Medical and sanitary report of the native army of Bengal for the year
Year: 1876
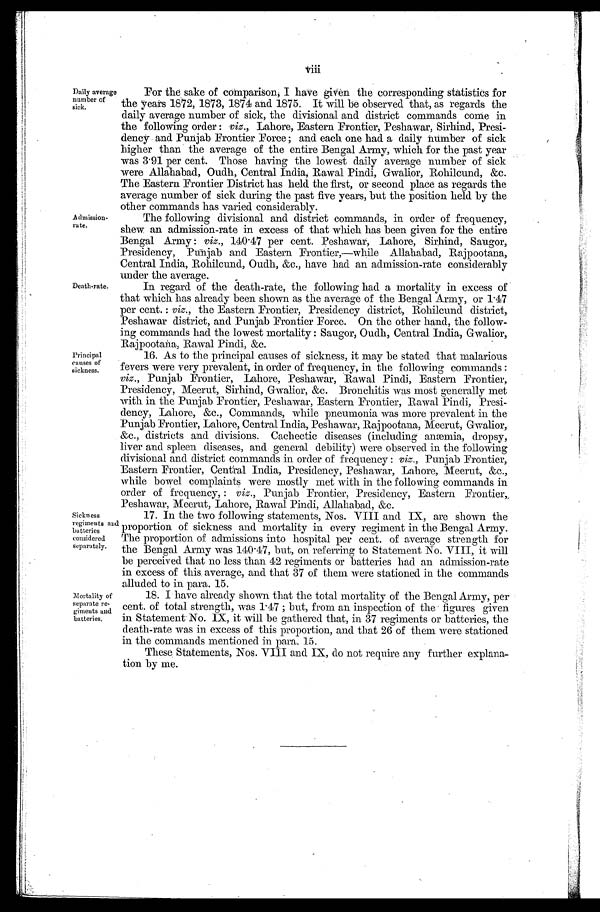
Daily averag
e n u m b e r o f
sick.
Admission-
rate.
Death-rate.
Principal
causes of
sickness.
For the sake of comparison, I have given the corresponding statistics for
the years 1872, 1873, 1874 and 1875. It will be observed that, as regards the
daily average number of sick, the divisional and district commands come in
the following order: viz., Lahore, Eastern Frontier, Peshawar, Sirhind, Presi
-dency and Punjab Frontier Force; and each one had a daily number of sick
higher than the average of the entire Bengal Army, which for the past year
was 3.91 per cent. Those having the lowest daily average number of sick
were Allahabad, Oudh, Central India, Rawal Pindi, Gwalior, Rohilcund, &c.
The Eastern Frontier District has held the first, or second place as regards the
average number of sick during the past five years, but the position held by the
other commands has varied considerably.
The following divisional and district commands, in order of frequency,
shew an admission-rate in excess of that which has been given for the entire
Bengal Army: viz., 140.47 per cent. Peshawar, Lahore, Sirhind, Saugor,
Presidency, Punjab and Eastern Frontier,—while Allahabad, Rajpootana,
Central India, Rohilcund, Oudh, &c., have had an admission-rate considerably
under the average.
In regard of the death-rate, the following had a mortality in excess of
that which has already been shown as the average of the Bengal Army, or 1.47
per cent.: viz., the Eastern Frontier, Presidency district, Rohilcund district,
Peshawar district, and Punjab Frontier Force. On the other hand, the follow
-ing commands had the lowest mortality: Saugor, Oudh, Central India, Gwalior,
Rajpootana, Rawal Pindi, &c.
16. As to the principal causes of sickness, it may be stated that malarious
fevers were very prevalent, in order of frequency, in the following commands:
viz., Punjab Frontier, Lahore, Peshawar, Rawal Pindi, Eastern Frontier,
Presidency, Meerut, Sirhind, Gwalior, &c. Bronchitis was most generally met
with in the Punjab Frontier, Peshawar, Eastern Frontier, Rawal Pindi, Presi
-dency, Lahore, &c., Commands, while pneumonia was more prevalent in the
Punjab Frontier, Lahore, Central India, Peshawar, Rajpootana, Meerut, Gwalior,
&c., districts and divisions. Cachectic diseases (including anæmia, dropsy,
liver and spleen diseases, and general debility) were observed in the following
divisional and district commands in order of frequency: viz., Punjab Frontier,
Eastern Frontier, Central India, Presidency, Peshawar, Lahore, Meerut, &c.,
while bowel complaints were mostly met with in the following commands in
order of frequency,: viz., Punjab Frontier, Presidency, Eastern Frontier,
Peshawar, Meerut, Lahore, Rawal Pindi, Allahabad, &c.
Sickness
regiments and
batteries
considered
separately.
Mortality of
separate re
- g i m e n t s a n d batteries.
17. In the two following statements, Nos. VIII and IX, are shown the
proportion of sickness and mortality in every regiment in the Bengal Army.
The proportion of admissions into hospital per cent. of average strength for
the Bengal Army was 140.47, but, on referring to Statement No. VIII, it will
be perceived that no less than 42 regiments or batteries had an admission-rate
in excess of this average, and that 37 of them were stationed in the commands
alluded to in para. 15.
18. I have already shown that the total mortality of the Bengal Army, per
cent. of total strength, was 1.47; but, from an inspection of the figures given
in Statement No. IX, it will be gathered that, in 37 regiments or batteries, the
death-rate was in excess of this proportion, and that 26 of them were stationed
in the commands mentioned in para. 15.
These Statements, Nos. VIII and IX, do not require any further explana
-tion by me.